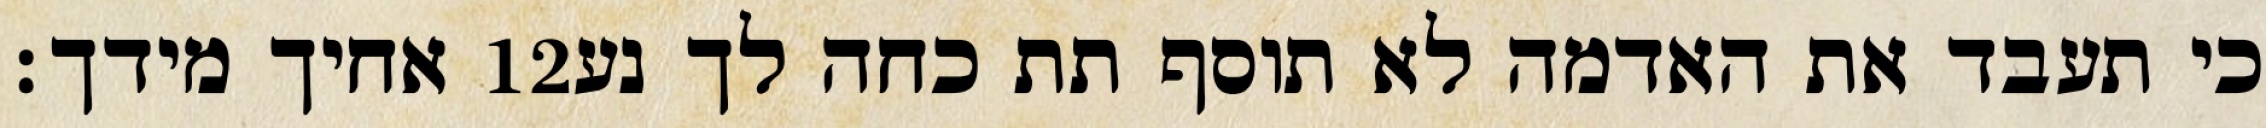
אחיך מידך׃ ‎12‏ כי תעבד את האדמה לא תוסף תת כחה לך נע